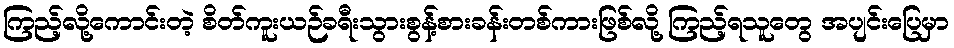
ကြည့်လို့ကောင်းတဲ့ စိတ်ကူးယဉ်ခရီးသွားစွန့်စားခန်းတစ်ကားဖြစ်လို့ ကြည့်ရသူတွေ အပျင်းပြေမှာ